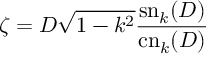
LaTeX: \zeta = D \sqrt { 1 - k ^ { 2 } } \frac { \mathrm { s n } _ { k } ( D ) } { \mathrm { c n } _ { k } ( D ) }